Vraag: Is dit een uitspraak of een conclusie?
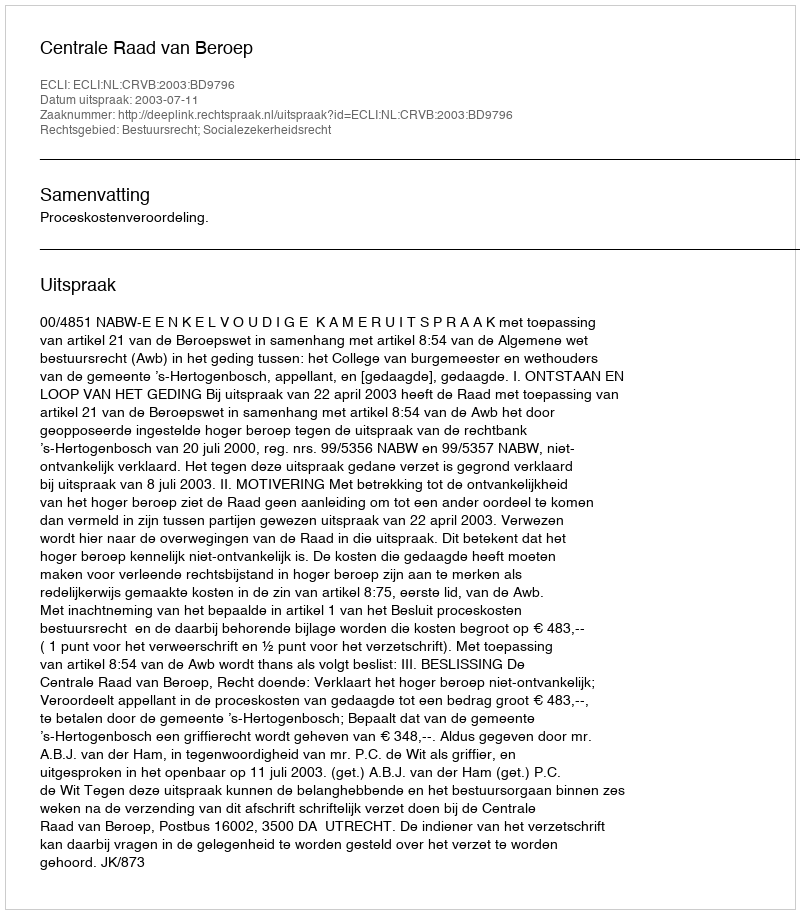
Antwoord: Uitspraak